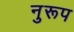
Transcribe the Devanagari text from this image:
नुरूप